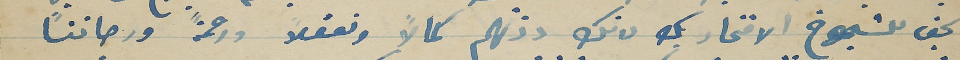
يحق للشيوخ الافتخار بك لانك دونهم كمالاً وتعقلاً ورحمةً ورصانتاً